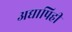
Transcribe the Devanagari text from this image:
अद्यापिही